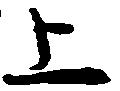
上